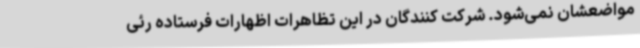
مواضعشان نمی‌شود. شرکت کنندگان در این تظاهرات اظهارات فرستاده رئی